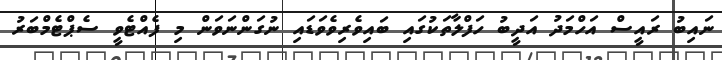
ނައިބު ރައީސް އަހްމަދު އަދީބު ހަފްލާތަކުގައި ބައިވެރިވެވަޑައި ނުގަންނަވަން މި ފެއްޓެވީ ސެޕްޓެމްބަރު